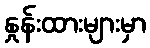
နှုန်းထားများမှာ